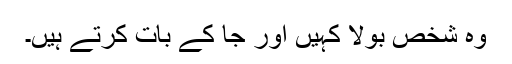
وہ شخص بولا کہیں اور جا کے بات کرتے ہیں۔